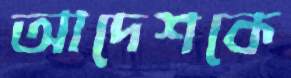
আদেশকে